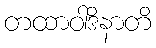
တထာဝါဒိနာတိ